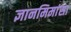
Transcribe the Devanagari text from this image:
ज्ञानमिमांसा